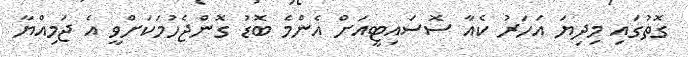
ގޮތުގައި މިިދިޔަ އަހަރު ކެއާ ސޮސައިޓީއަށް އެންމެ ބޮޑު ގޮންޖެހުމަކަށްވީ އެ ޖަމިއްޔާ